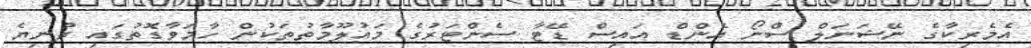
އެމެރިކާގެ ނޭޝަނަލް ސްނޯ އެންޑް އައިސް ޑޭޓާ ސެންޓަރުގެ މައުލޫމާތުތަކުން ހާމަވާގޮތުގައި ދުނިޔެ